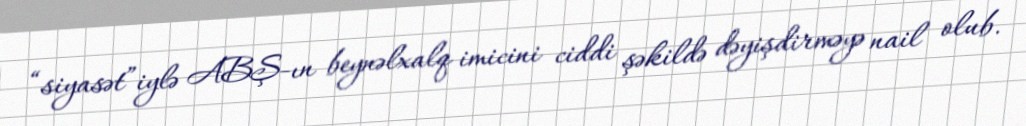
“siyasət”iylə ABŞ-ın beynəlxalq imicini ciddi şəkildə dəyişdirməyə nail olub.